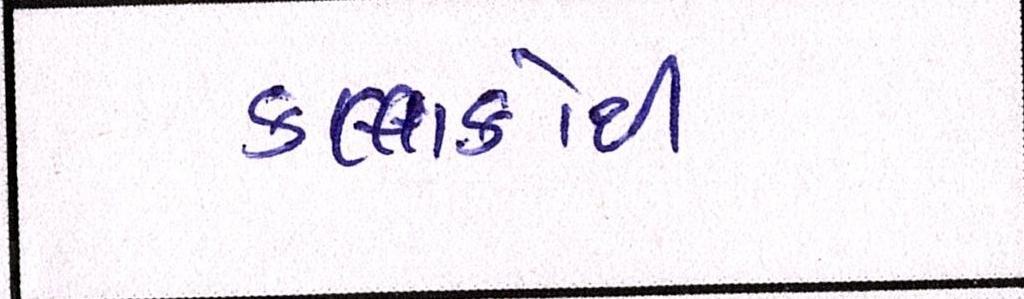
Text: કલાકોથી